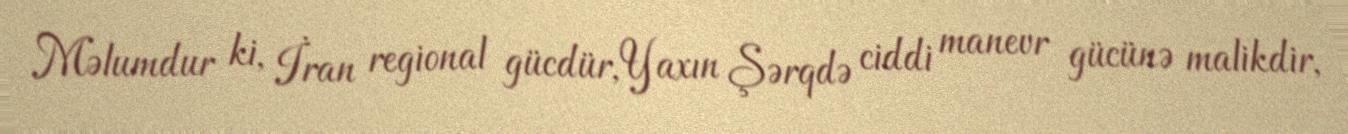
Məlumdur ki, İran regional gücdür, Yaxın Şərqdə ciddi manevr gücünə malikdir,